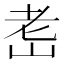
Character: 𦒴